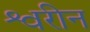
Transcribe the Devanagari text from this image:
श्वरीन